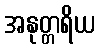
အနုတ္တရိယ